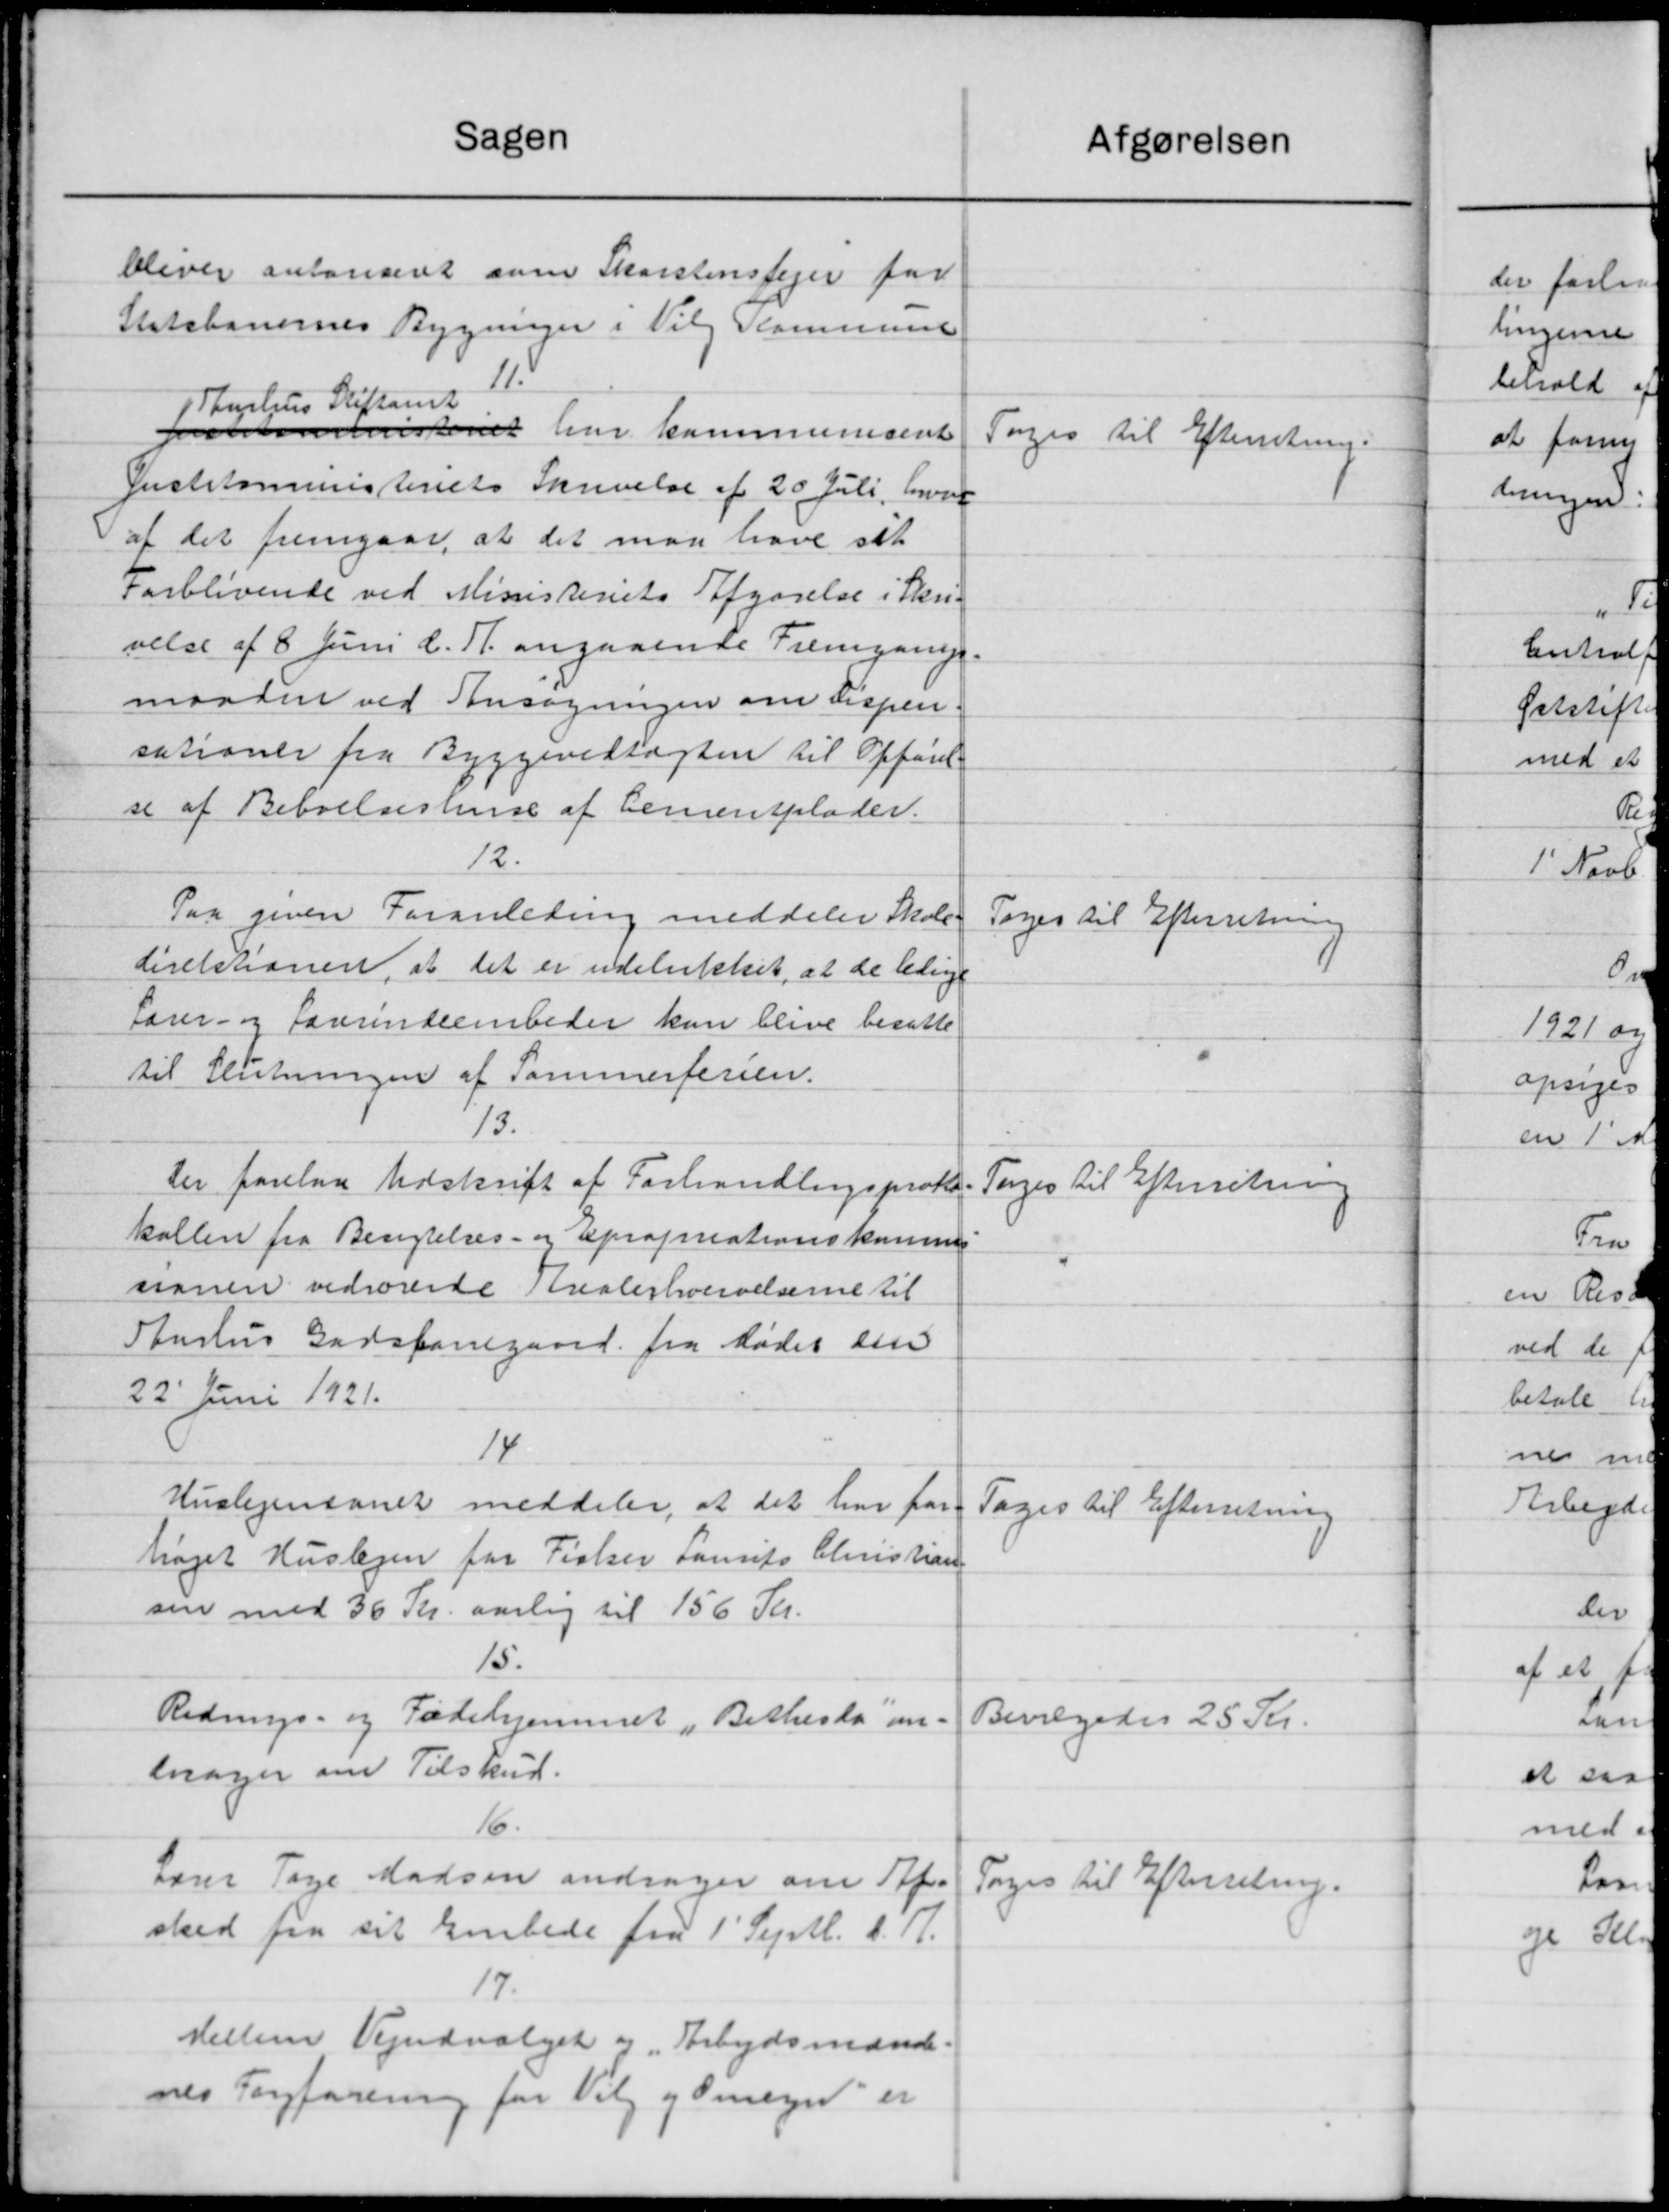
Transskription:
Sagen
bliver antoniceret som Skorstensfejer for
Statsbanernes Bygninger i Viby Kommune
11.
1 Thurhuus Stiftamt
senet har kommunesent
Justitsministeriets Skrivelse af 20 Juli, hvor
af det fremgaar, at det man have sit
Forblivende ved Ministeriets Afgørelse i Skri-
velse af 8 Juni d. Fl. angaaende Fremgange.
maaden ved Ansøgningen om Dispen.
sationer fra Byggevedtægten til Opførel
se af Beboelseshuse af Cemensplader.
12.
Paa given Foranledning meddeler Skole-
direktionen, at det er udelukket, at de ledige
Lærer- og Lærerindeembeder kan blive besatte
til Slutningen af Sammerferien.
13.
Der forelaa Udskrift af Forhandlingsproto
kallen fra Besigtelses- og Epropriationskomme
sionen vedrørende Kvalerkrivelserne til
Sturhus Godsforregaard. fra Mødet sin
22' Juni 1921.
14
Huslejensonet meddeler, at det har for
højet Huslejen for Fisker Laurits Christian
sen med 36 Kr. aarlig til 156 Kr.
15.
Rednings- og Fødehjemmet Bethuslå a
mnager om Tilskud.
16.
Lærer Tage Madsen andrager om Af-
sked fra sit Embede fra 1' Septb. d. A.
17.
Heller Vejudvalget og „Arbejdsmænd.
nes Forforening for Valg og Omegn er